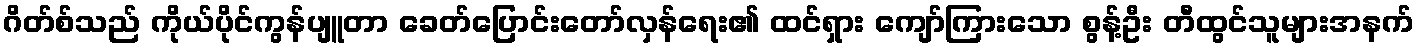
ဂိတ်စ်သည် ကိုယ်ပိုင်ကွန်ပျူတာ ခေတ်ပြောင်းတော်လှန်ရေး၏ ထင်ရှား ကျော်ကြားသော စွန့်ဦး တီထွင်သူများအနက်